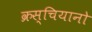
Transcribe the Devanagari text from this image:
क्रस्चियानो